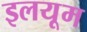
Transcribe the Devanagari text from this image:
इलयूम